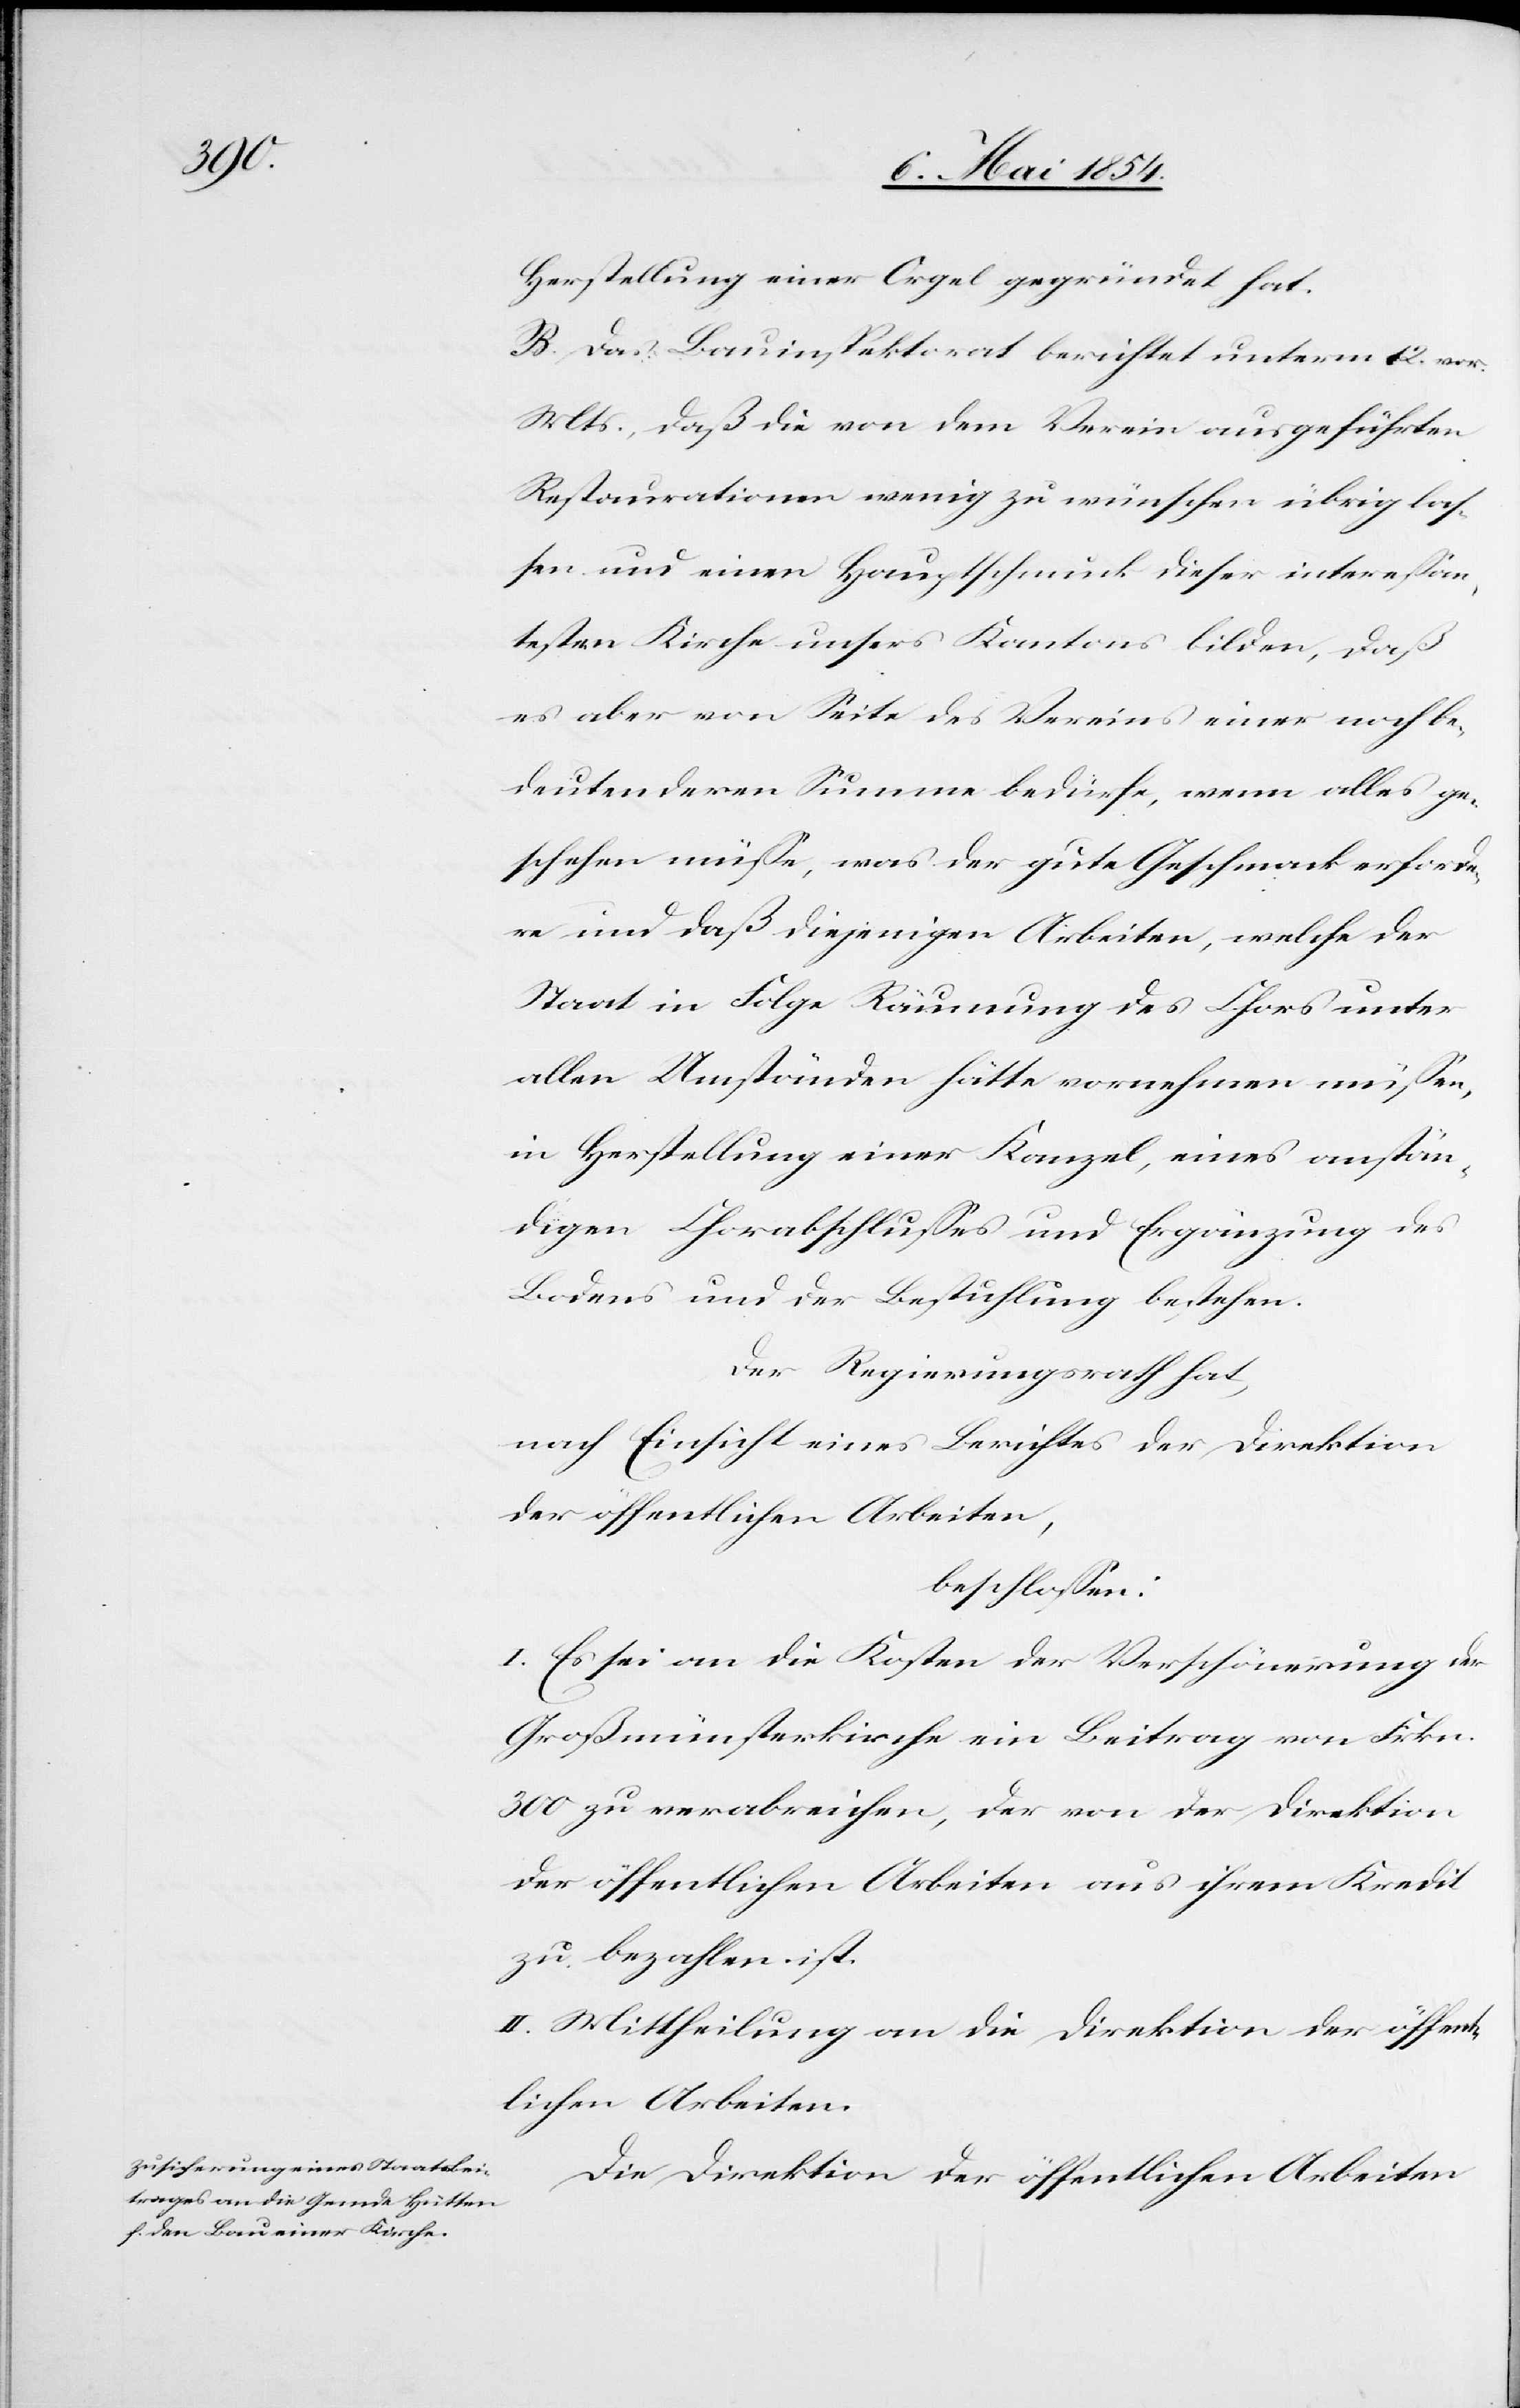
Herstellung einer Orgel gegründet hat.
B. Das Bauinspektorat berichtet unterm 12. vor.
Mts., daß die von dem Verein ausgeführten
Restaurationen wenig zu wünschen übrig laß¬
en und einen Hauptschmuck dieser intereßan¬
testen Kirche unsers Kantons bilden, daß
es aber von Seite des Vereins einer noch be¬
deutenderen Summe bedürfe, wenn alles ge¬
schehen müße, was der gute Geschmack erforde¬
re und daß diejenigen Arbeiten, welche der
Staat in Folg Räumung des Chors unter
allen Umständen hätte vornehmen müßen,
in Herstellung einer Kanzel, eines anstän¬
digen Chorabschlußes und Ergänzung des
Bodens und der Bestuhlung bestehen.
Der Regierungsrath hat,
nach Einsicht eines Berichtes der Direktikon
der öffentlichen Arbeiten,
beschloßen:
I. Es sei an die Kosten der Verschönerung der
Großmünsterkirche ein Beitrag von Frkn.
300 zu verabreichen, der von der Direktion
der öffentlichen Arbeiten aus ihrem Kredit
zu bezahlen ist.
II. Mittheilung an die Direktion der öffent¬
lichen Arbeiten.
Die Direktion der öffentlichen Arbeiten